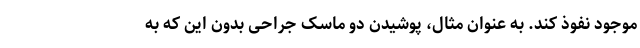
موجود نفوذ کند. به عنوان مثال، پوشیدن دو ماسک جراحی بدون این که به